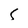
Character: s